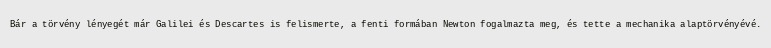
Bár a törvény lényegét már Galilei és Descartes is felismerte, a fenti formában Newton fogalmazta meg, és tette a mechanika alaptörvényévé.